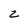
Character: z